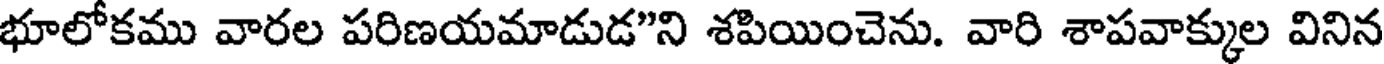
భూలోకము వారల పరిణయమాడుడ"ని శపియించెను. వారి శాపవాక్కుల వినిన